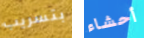
بتسريب أحشاء